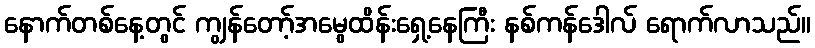
နောက်တစ်နေ့တွင် ကျွန်တော့်အမွေထိန်းရှေ့နေကြီး နစ်ကန်ဒေါလ် ရောက်လာသည်။